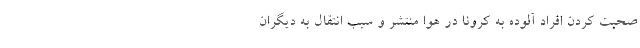
صحبت کردن افراد آلوده به کرونا در هوا منتشر و سبب انتقال به دیگران